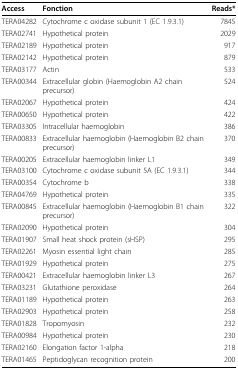
<table><thead><tr><td><b>Access</b></td><td><b>Fonction</b></td><td><b>Reads*</b></td></tr></thead><tbody><tr><td>TERA04282</td><td>Cytochrome c oxidase subunit 1 (EC 1.9.3.1)</td><td>7845</td></tr><tr><td>TERA02741</td><td>Hypothetical protein</td><td>2029</td></tr><tr><td>TERA02189</td><td>Hypothetical protein</td><td>917</td></tr><tr><td>TERA02142</td><td>Hypothetical protein</td><td>879</td></tr><tr><td>TERA03177</td><td>Actin</td><td>533</td></tr><tr><td>TERA00344</td><td>Extracellular globin (Haemoglobin A2 chain precursor)</td><td>524</td></tr><tr><td>TERA02067</td><td>Hypothetical protein</td><td>424</td></tr><tr><td>TERA00650</td><td>Hypothetical protein</td><td>422</td></tr><tr><td>TERA03305</td><td>Intracellular haemoglobin</td><td>386</td></tr><tr><td>TERA00833</td><td>Extracellular haemoglobin (Haemoglobin B2 chain precursor)</td><td>370</td></tr><tr><td>TERA00205</td><td>Extracellular haemoglobin linker L1</td><td>349</td></tr><tr><td>TERA03100</td><td>Cytochrome c oxidase subunit 5A (EC 1.9.3.1)</td><td>344</td></tr><tr><td>TERA00354</td><td>Cytochrome b</td><td>338</td></tr><tr><td>TERA04769</td><td>Hypothetical protein</td><td>335</td></tr><tr><td>TERA00845</td><td>Extracellular haemoglobin (Haemoglobin B1 chain precursor)</td><td>322</td></tr><tr><td>TERA02090</td><td>Hypothetical protein</td><td>304</td></tr><tr><td>TERA01907</td><td>Small heat shock protein (sHSP)</td><td>295</td></tr><tr><td>TERA02261</td><td>Myosin essential light chain</td><td>285</td></tr><tr><td>TERA01929</td><td>Hypothetical protein</td><td>275</td></tr><tr><td>TERA00421</td><td>Extracellular haemoglobin linker L3</td><td>267</td></tr><tr><td>TERA03231</td><td>Glutathione peroxidase</td><td>264</td></tr><tr><td>TERA01189</td><td>Hypothetical protein</td><td>263</td></tr><tr><td>TERA02903</td><td>Hypothetical protein</td><td>258</td></tr><tr><td>TERA01828</td><td>Tropomyosin</td><td>232</td></tr><tr><td>TERA00984</td><td>Hypothetical protein</td><td>230</td></tr><tr><td>TERA02160</td><td>Elongation factor 1-alpha</td><td>218</td></tr><tr><td>TERA01465</td><td>Peptidoglycan recognition protein</td><td>200</td></tr></tbody></table>